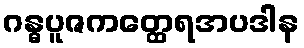
ဂန္ဓပူဇကတ္ထေရအပဒါန